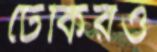
ঢেঁকিরও